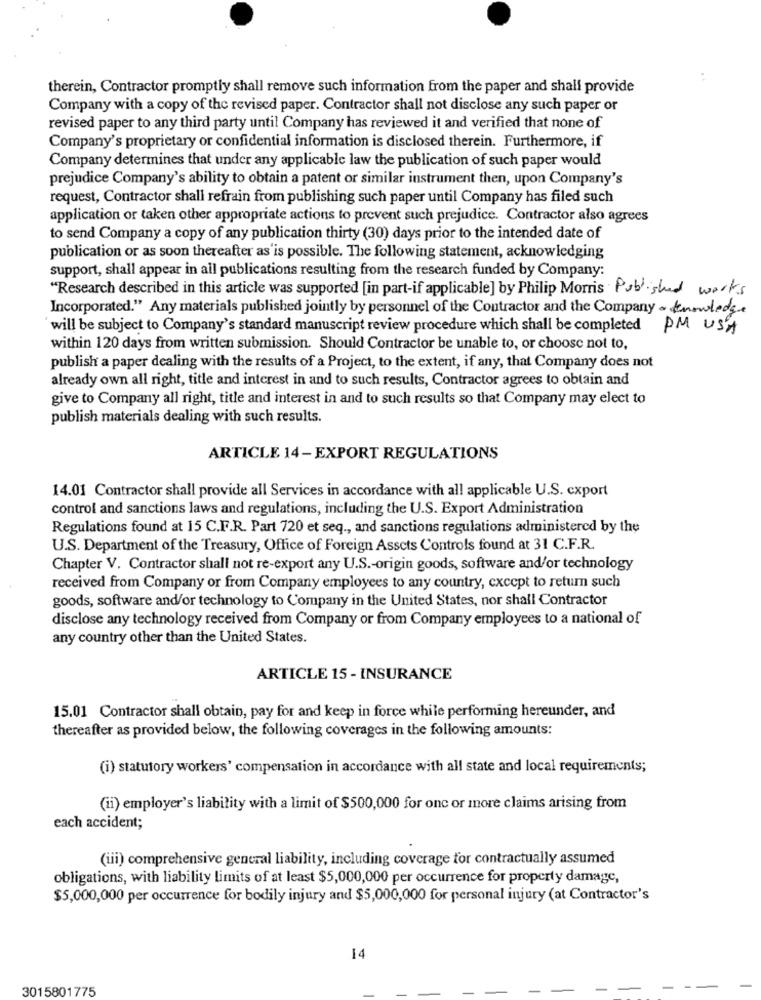
therein, Contractor promptly shall remove such information from the paper and shall provide
Company with a copy of the revised paper. Contractor shall not disclose any such paper or
revised paper to any third party until Company has reviewed it and verified that none of
Company's proprietary or confidential information is disclosed therein. Furthermore, if
Company determines that under any applicable law the publication of such paper would
prejudice Company's ability to obtain a patent or similar instrument then, upon Company's
request, Contractor shall refrain from publishing such paper until Company has filed such
application or taken other appropriate actions to prevent such prejudice. Contractor also agrees
to send Company a copy of any publication thirty (30) days prior to the intended date of
publication or as soon thereafter as'is possible. The following statement, acknowledging
support, shall appear in all publications resulting from the research funded by Company:
"Research described in this article was supported [in part-if applicable] by Philip Morris Published works
Incorporated." Any materials published jointly by personnel of the Contractor and the Company . Knowledge
will be subject to Company's standard manuscript review procedure which shall be completed PM USA
within 120 days from written submission. Should Contractor be unable to, or choose not to,
publish a paper dealing with the results of a Project, to the extent, if any, that Company does not
already own all right, title and interest in and to such results, Contractor agrees to obtain and
give to Company all right, title and interest in and to such results so that Company may elect to
publish materials dealing with such results.
ARTICLE 14-EXPORT REGULATIONS
14.01 Contractor shall provide all Services in accordance with all applicable U.S. cxport
control and sanctions laws and regulations, including the U.S. Export Administration
Regulations found at 15 C.F.R. Part 720 et seq ., and sanctions regulations administered by the
U.S. Department of the Treasury, Office of Foreign Assets Controls found at 31 C.F.R.
Chapter V. Contractor shall not re-export any U.S .- origin goods, software and/or technology
received from Company or from Company employees to any country, except to return such
goods, software and/or technology to Company in the United States, nor shall Contractor
disclose any technology received from Company or from Company employees to a national of
any country other than the United States.
ARTICLE 15 - INSURANCE
15.01 Contractor shall obtain, pay for and keep in force while performing hereunder, and
thereafter as provided below, the following coverages in the following amounts:
(i) statutory workers' compensation in accordance with all state and local requirements;
(ii) employer's liability with a limit of $500,000 for one or more claims arising from
each accident;
(iii) comprehensive general liability, including coverage for contractually assumed
obligations, with liability limits of at least $5,000,000 per occurrence for property damage,
$5,000,000 per occurrence for bodily injury and $5,000,000 for personal injury (at Contractor's
14
3015801775